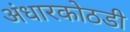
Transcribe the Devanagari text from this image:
अंधारकोठडी